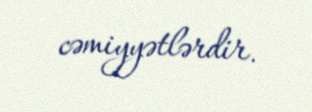
cəmiyyətlərdir.